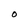
Character: O